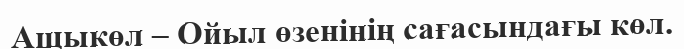
Ащыкөл – Ойыл өзенінің сағасындағы көл.